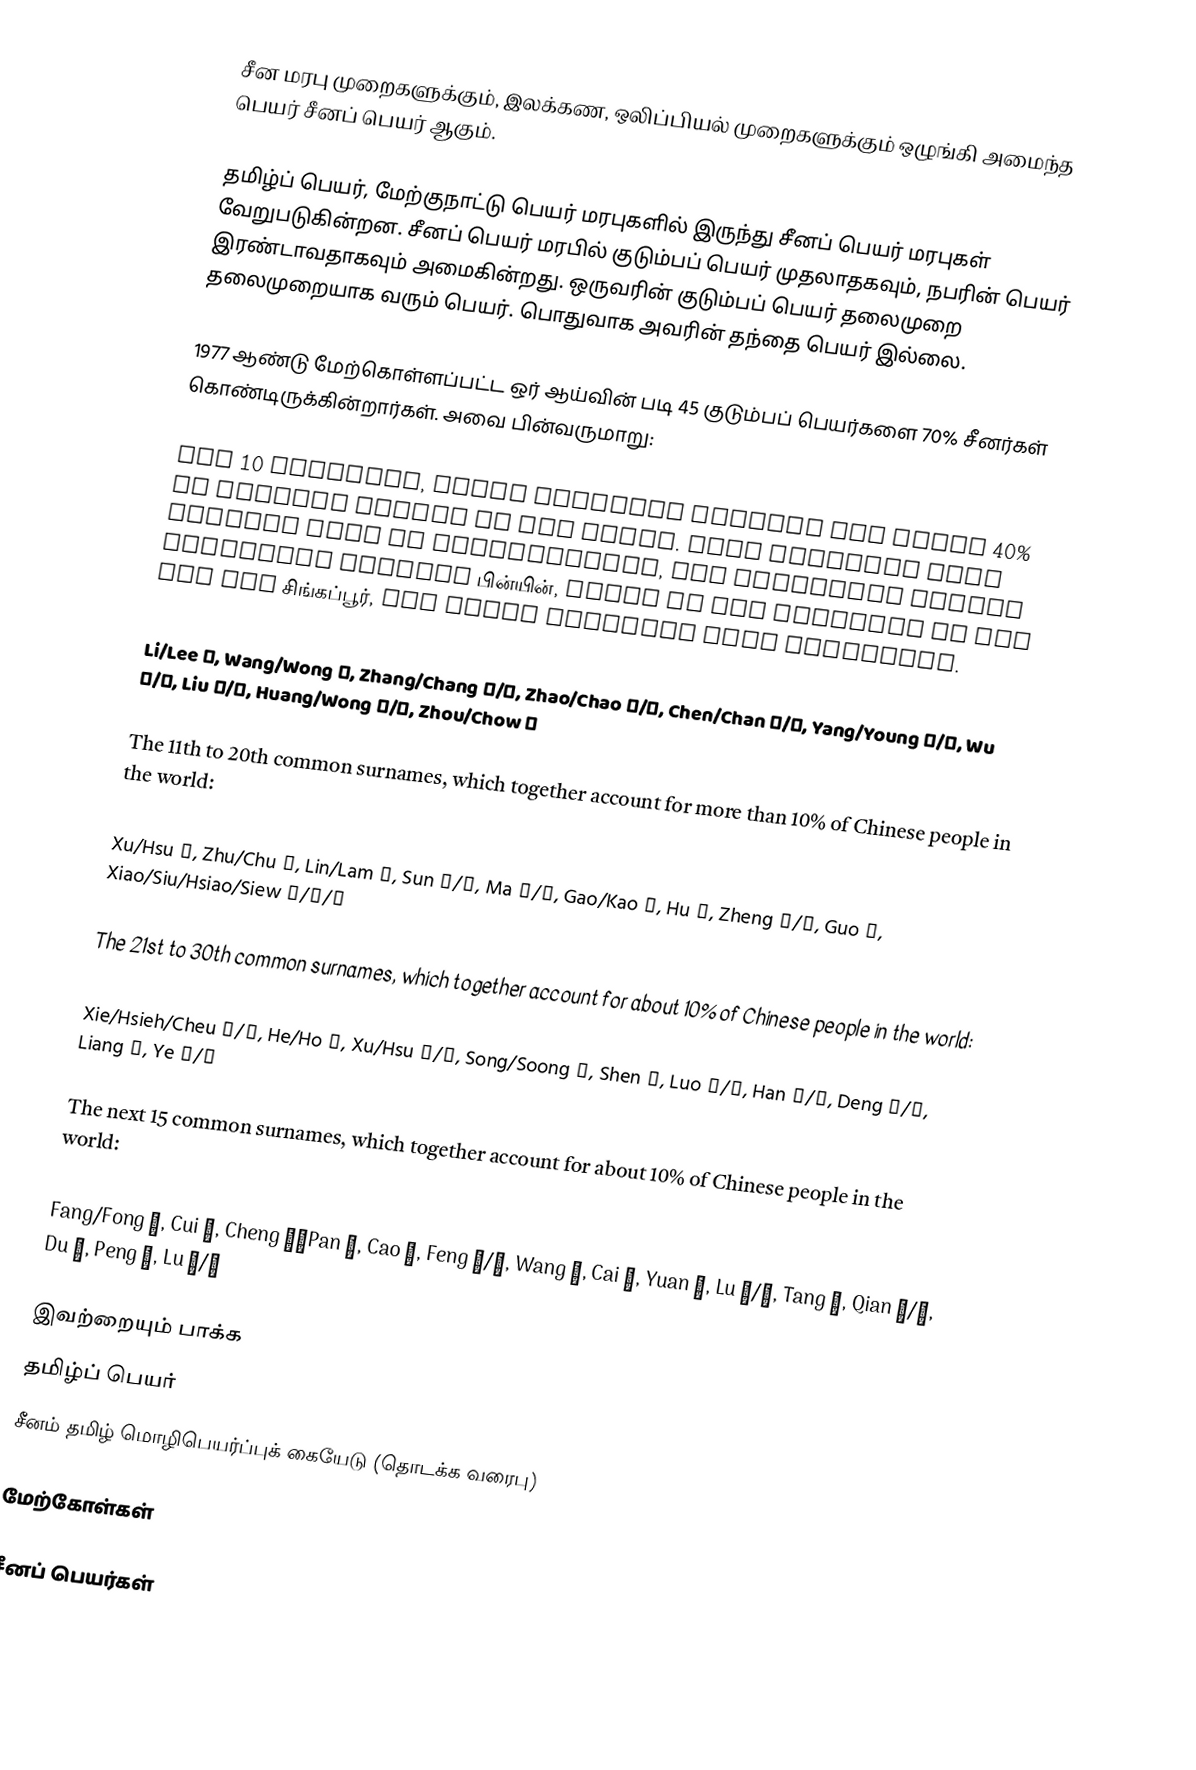
சீன மரபு முறைகளுக்கும், இலக்கண, ஒலிப்பியல் முறைகளுக்கும் ஒழுங்கி அமைந்த பெயர் சீனப் பெயர் ஆகும்.

தமிழ்ப் பெயர், மேற்குநாட்டு பெயர் மரபுகளில் இருந்து சீனப் பெயர் மரபுகள் வேறுபடுகின்றன. சீனப் பெயர் மரபில் குடும்பப் பெயர் முதலாதகவும், நபரின் பெயர் இரண்டாவதாகவும் அமைகின்றது. ஒருவரின் குடும்பப் பெயர் தலைமுறை தலைமுறையாக வரும் பெயர். பொதுவாக அவரின் தந்தை பெயர் இல்லை.

1977 ஆண்டு மேற்கொள்ளப்பட்ட ஒர் ஆய்வின் படி 45 குடும்பப் பெயர்களை 70% சீனர்கள் கொண்டிருக்கின்றார்கள். அவை பின்வருமாறு:

Top 10 surnames, which together account for about 40% of Chinese people in the world. Many surnames have various ways of romanization, the following listed spellings include பின்யின், which is the standard in the PRC and சிங்கப்பூர், and other commonly used spellings.

Li/Lee 李, Wang/Wong 王, Zhang/Chang 張/张, Zhao/Chao 趙/赵, Chen/Chan 陳/陈, Yang/Young 楊/杨, Wu 吳/吴, Liu 劉/刘, Huang/Wong 黃/黄, Zhou/Chow 周

The 11th to 20th common surnames, which together account for more than 10% of Chinese people in the world:

Xu/Hsu 徐, Zhu/Chu 朱, Lin/Lam 林, Sun 孫/孙, Ma 馬/马, Gao/Kao 高, Hu 胡, Zheng 鄭/郑, Guo 郭, Xiao/Siu/Hsiao/Siew 蕭/萧/肖

The 21st to 30th common surnames, which together account for about 10% of Chinese people in the world:

Xie/Hsieh/Cheu 謝/谢, He/Ho 何, Xu/Hsu 許/许, Song/Soong 宋, Shen 沈, Luo 羅/罗, Han 韓/韩, Deng 鄧/邓, Liang 梁, Ye 葉/叶

The next 15 common surnames, which together account for about 10% of Chinese people in the world:

Fang/Fong 方, Cui 崔, Cheng 程、Pan 潘, Cao 曹, Feng 馮/冯, Wang 汪, Cai 蔡, Yuan 袁, Lu 盧/卢, Tang 唐, Qian 錢/钱, Du 杜, Peng 彭, Lu 陸/陆

இவற்றையும் பாக்க
 தமிழ்ப் பெயர்
 சீனம் தமிழ் மொழிபெயர்ப்புக் கையேடு (தொடக்க வரைபு)

மேற்கோள்கள்

சீனப் பெயர்கள்